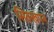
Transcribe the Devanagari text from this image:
सिक्खपन